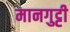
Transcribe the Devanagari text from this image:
मानगुट्टी